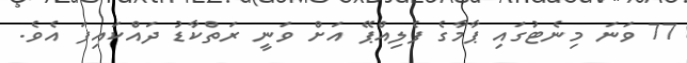
77 ވަނަ މިނެޓުގައި ޕާމާގެ ފެލިއްޕޭ އަށް ވަނީ ރަތްކާޑު ދައްކައިފަ އެވެ.